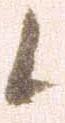
候